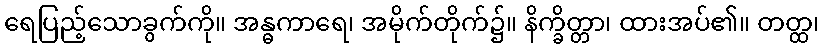
ရေပြည့်သောခွက်ကို။ အန္ဓကာရေ၊ အမိုက်တိုက်၌။ နိက္ခိတ္တာ၊ ထားအပ်၏။ တတ္ထ၊